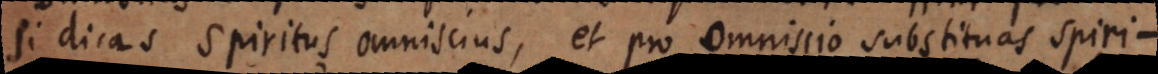
si dicas spiritus omniscius, et pro omniscio substituas spiritu